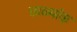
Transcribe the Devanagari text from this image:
छाळ्यांक्